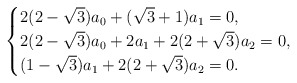
\begin{align*}\begin{cases}2(2-\sqrt{3})a_0+(\sqrt{3}+1)a_1=0,\\2(2-\sqrt{3})a_0+2a_1+2(2+\sqrt{3})a_2=0,\\(1-\sqrt{3})a_{1}+2(2+\sqrt{3})a_{2}=0.\end{cases}\end{align*}